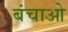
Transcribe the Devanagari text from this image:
बंचाओ